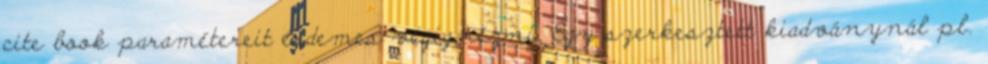
cite book paramétereit érdemes végignézni. Egy szerkesztett kiadványnál pl.